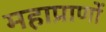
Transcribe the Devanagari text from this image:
महाप्राणों